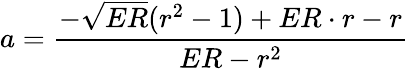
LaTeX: a=\frac{-\sqrt{ER}{(r^{2}-1)}+ER\cdot{r}-r}{ER-r^{2}}